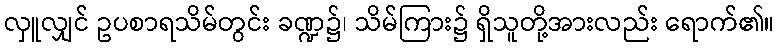
လှူလျှင် ဥပစာရသိမ်တွင်း ခဏ္ဍ၌၊ သိမ်ကြား၌ ရှိသူတို့အားလည်း ရောက်၏။